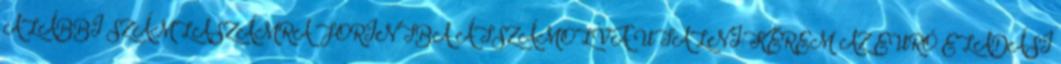
ALÁBBI SZÁMLASZÁMRA FORINTBA ÁTSZÁMOLVA UTALNI: KÉREM AZ EURÓ ELADÁSI